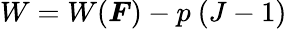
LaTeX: W=W({\boldsymbol{F}})-p~(J-1)